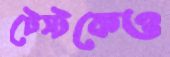
টেস্টকেও